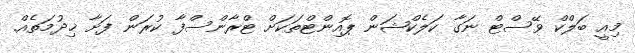
މިއީ ބަލްކް ވޭސްޓް ނަގާ ކަލެކްޝަން ޕޮއިންޓްތަކަށް ޓްރާންސްފާ ކުރަން ފަށާ ޚިދުމަތެއް.